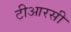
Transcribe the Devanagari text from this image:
टीआरसी